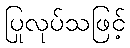
ပြုလုပ်သဖြင့်